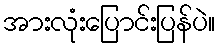
အားလုံးပြောင်းပြန်ပဲ။